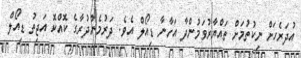
އުދަރެހަށް ނިކުތުމަށް ތައްޔާރުވަމުންދާ އަހާނާ ޑިއޯލް އެވެ. ދަރުމެންދުރާގެ ކޮއްކޮ އަޖިތު ޑިއޯލް